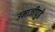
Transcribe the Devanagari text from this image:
उमाजीपुढे